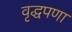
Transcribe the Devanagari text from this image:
वृद्धपणा